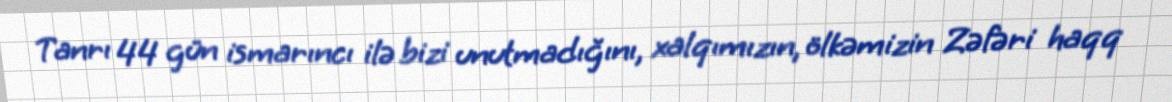
Tanrı 44 gün ismarıncı ilə bizi unutmadığını, xalqımızın, ölkəmizin Zəfəri haqq